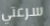
سرعتي